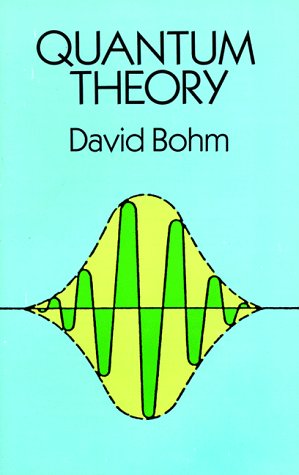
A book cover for Quantum Theory (Dover Books on Physics); David Bohm; Science & Math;